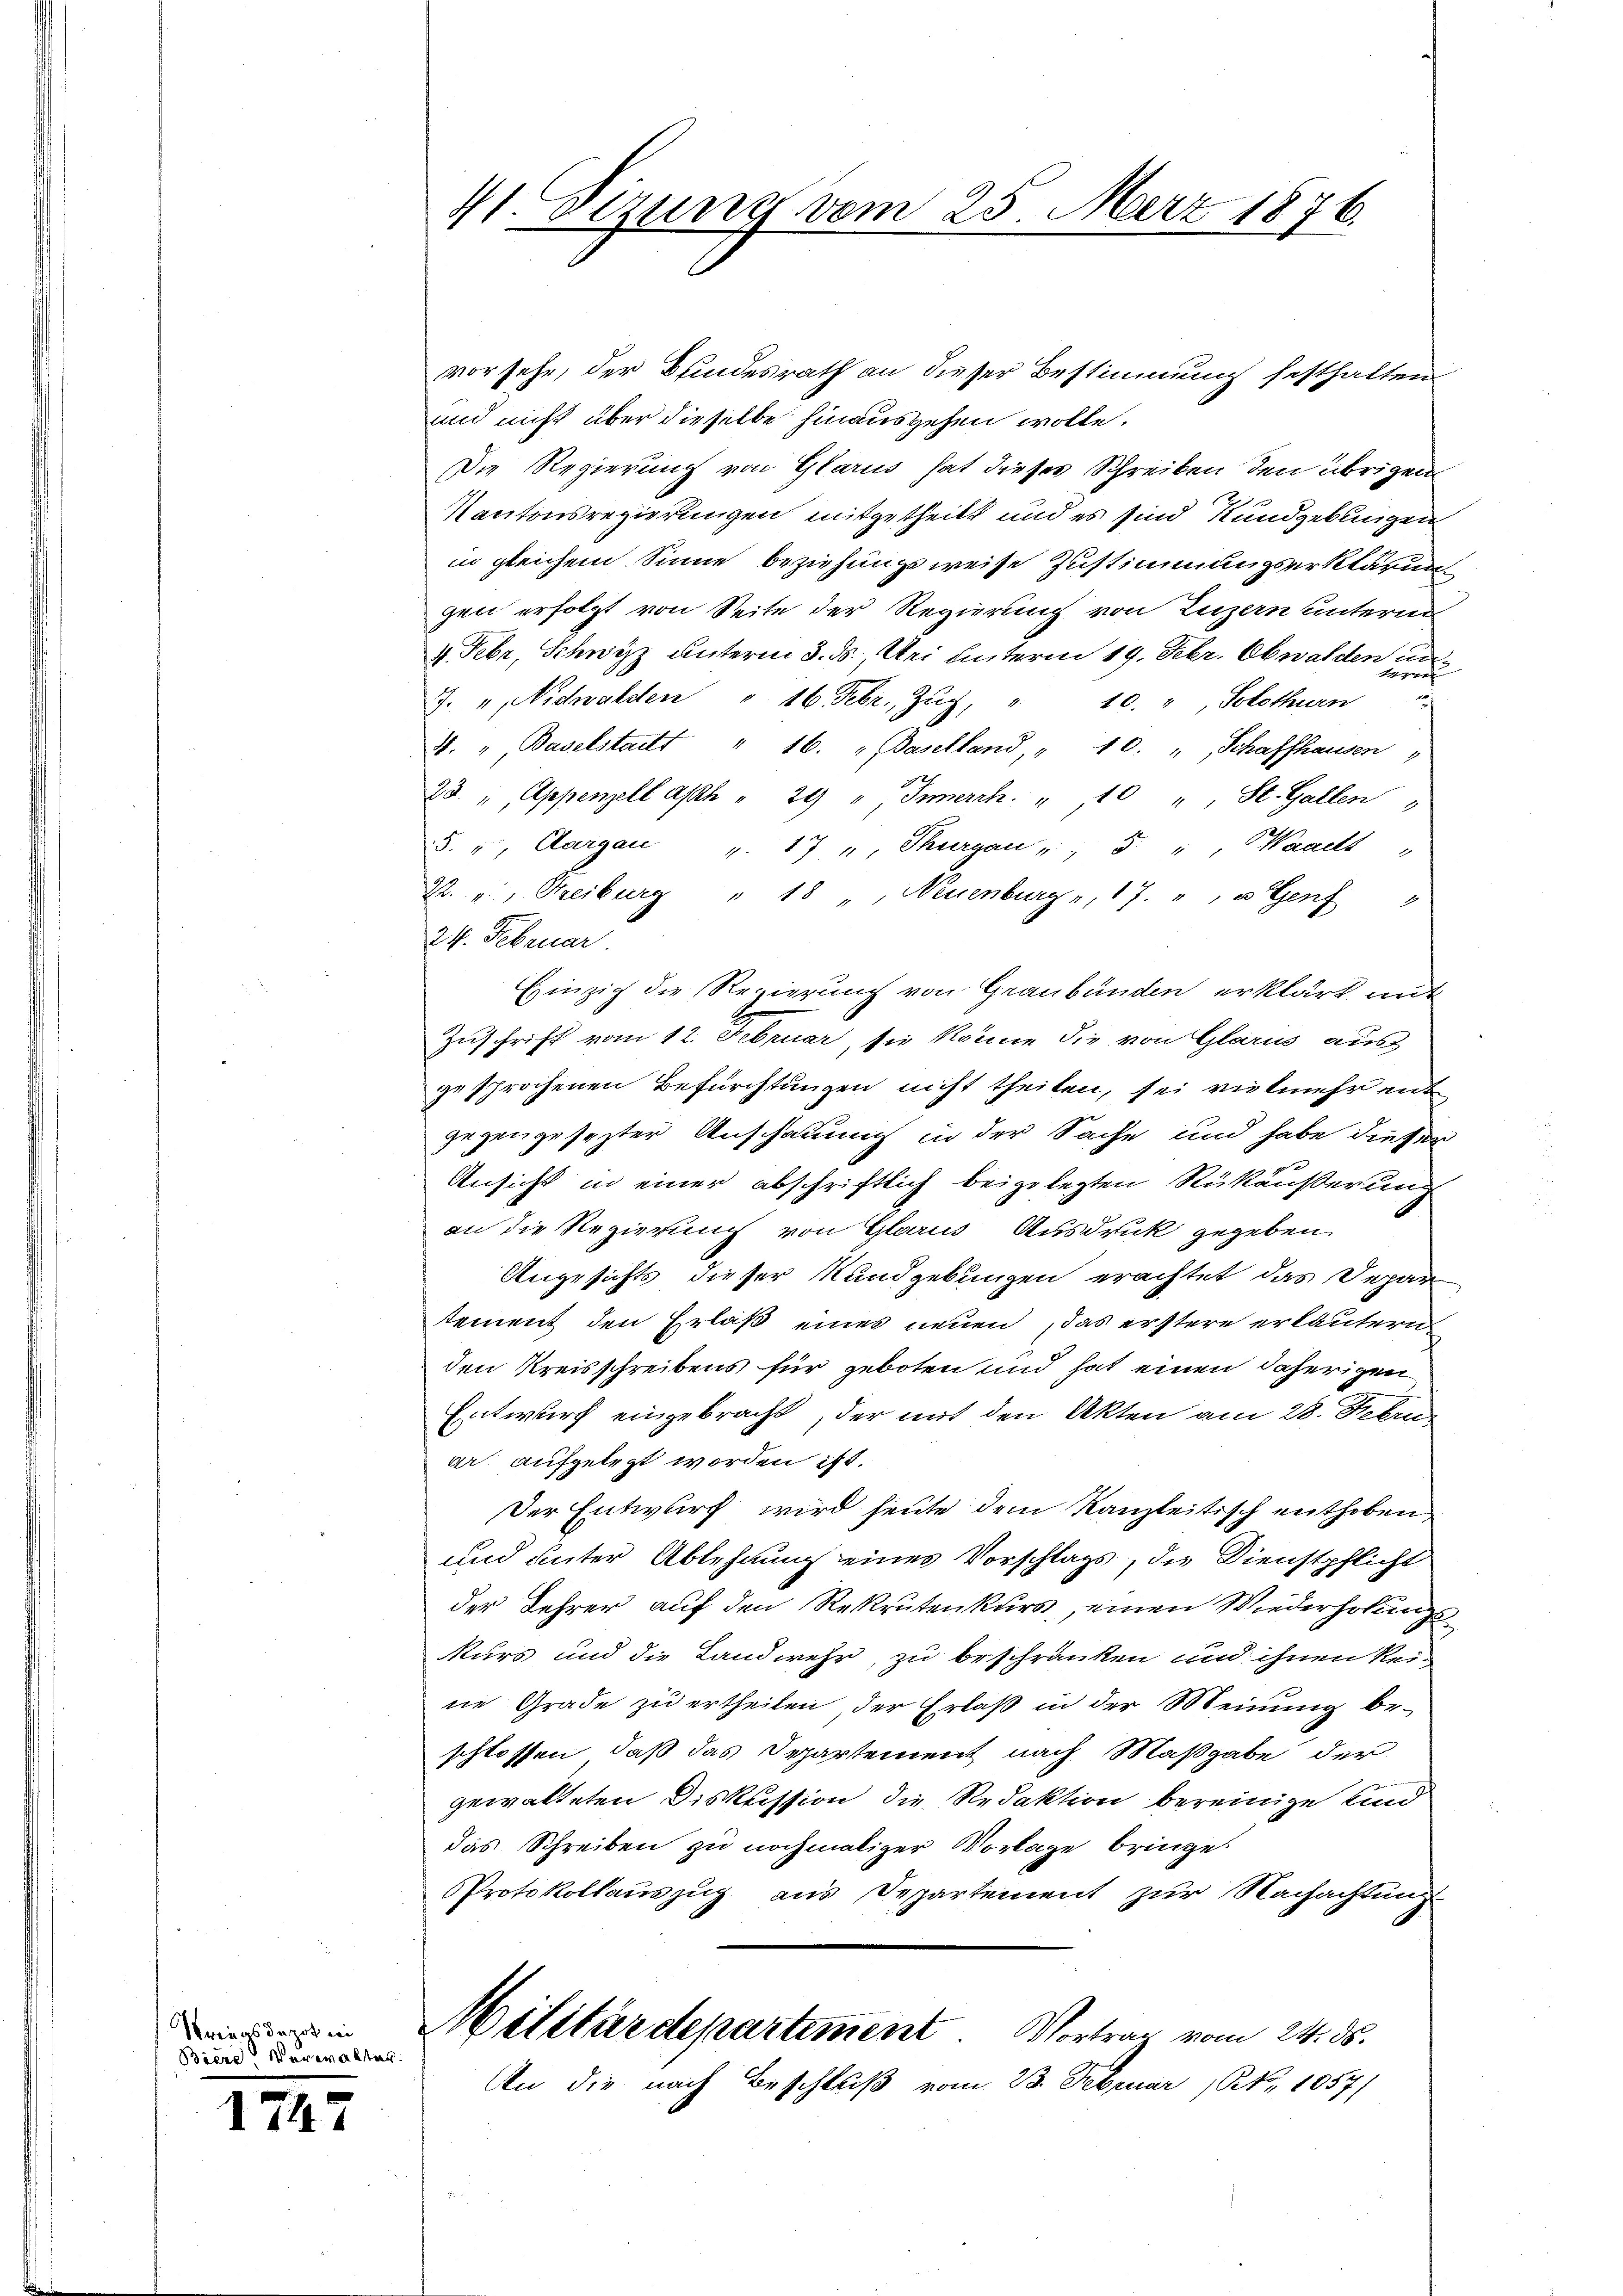
Vreias depot wei
Biere Verwalter.

1747

41. Sizung vom 25. März 1876.

vorsehe, der Blindesrath an dieser Bestimmung festhalten
und nicht über dieselbe hinausgehen wolle.
Die Regierung von Glarus hat dieser Schreiben den übrigen
Kantonsregierungen mitgetheilt und es sind Kundgebungen
in gleichem Sinne beziehungsweise Zustimmungserklärung
gen erfolgt von Seite der Regierung von Luzern unterne
4. Febr. Schwyz unterm 3. ds., Uri unterm 19. Febr. Obwalden un
J. 4, Nidwaldten " 16. Febr. Zŭg, " 10. ", Solothurn
3. " Baselstailt " 16. " Baselland, " 10. " Schaffhausen "
23. " Appenzell ash " 29 " Innerch. " 10 " St. Gallen
5. " Aargau v. 17 " Thurgau, 5 " " Waadt
R. u. Streiburg " 18 " Neuenburg, 17. " u Genf 3
24. Februar
Einzig die Regierung von Graubünden, erklärt mit
Zuschrift vom 12. Februar, sie könne die von Glarus aus
gesprochenen Befürchtungen nicht theilen, sei vielmehr ent
gegengesezter Anschauung in der Sache und habe dieser
Ansicht in einer abschriftlich beigelegten Rükäußerung
an die Regierung von Glarus Ausdruck gegeben
Angesichts dieser Randgebungen erachtet das Depar-
tement den Erlaß eines neuen, das erstere erläutern
den Kreisschreibens für geboten und hat einen daherigen
Entwurf eingebracht, der mit den Akten am 28. Febru
ar aufgelegt worden ist.
Der Entwurf wird heute dem Kanzleitisch enthoben,
und unter Ablehnung eines Vorschlags, die Dienstpflicht
der Lehrer auf den Rekrutenkurs, einen Wiederholungskurs und die Landwehr, zu beschränken und ihnen Reine Grade zu ertheilen der Erlaß in der Meinung be-
schlossen, daß das Departement nach Maßgabe der
gewalteten Diskussion die Redaktion bereinige und
das Schreiben zu nochmaliger Vorlage bringet
Protokollauszug aus Departement zur Nachachtung
Militärdepartement Vortrag vom 24. ds.
An die nach Beschluß vom 23. Februar (NNo. 1057/